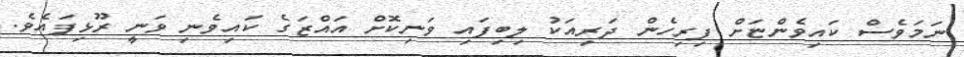
ނަމަވެސް ކައިވެންޏަށް ފިރިހެން ދަރިއަކު ލިބިފައި ވަނިކޮށް އައްޒަގެ ކައިވެނި ވަނީ ރޫޅިފައެވެ.